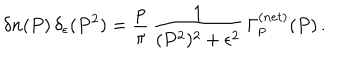
\delta n ( P ) \, \delta _ { \epsilon } ( P ^ { 2 } ) = \frac { p } { \pi } \, \frac { 1 } { ( P ^ { 2 } ) ^ { 2 } + \epsilon ^ { 2 } } \, \Gamma _ { p } ^ { ( n e t ) } ( P ) \, .